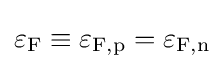
\varepsilon _{\text{F}}\equiv \varepsilon _{\text{F,p}}=\varepsilon _{\text{F,n}}